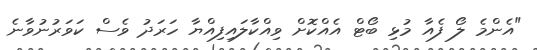
"އެންމެ ލޯ ފެއާ މުޅި ބޯޓް އެއްކޮށް ވިއްކާލައިފިއްޔާ ހަރަދު ވެސް ކަވަރުނުވާނެ